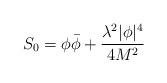
LaTeX: \begin{align*}S_0=\phi\bar{\phi}+\frac{\lambda^2 |\phi|^4}{4 M^2}\end{align*}